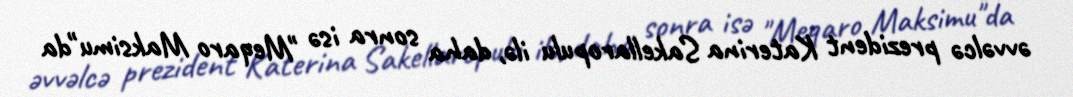
əvvəlcə prezident Katerina Sakellaropulu ilə, daha sonra isə "Meqaro Maksimu"da